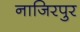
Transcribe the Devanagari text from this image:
नाजिरपुर